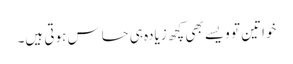
خواتین تو ویسے بھی کچھ زیادہ ہی حساس ہوتی ہیں۔